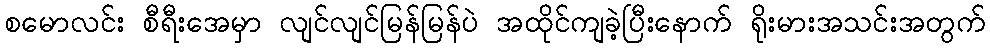
စမောလင်း စီရီးအေမှာ လျင်လျင်မြန်မြန်ပဲ အထိုင်ကျခဲ့ပြီးနောက် ရိုးမားအသင်းအတွက်